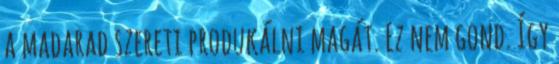
a madarad szereti produkálni magát. Ez nem gond. Így